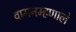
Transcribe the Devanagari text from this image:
वामनम्हणाले